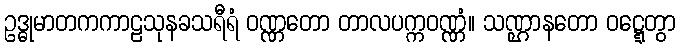
ဥဒ္ဓုမာတကကာဠသုနခသရီရံ ဝဏ္ဏတော တာလပက္ကဝဏ္ဏံ။ သဏ္ဌာနတော ဝဋ္ဋေတွာ